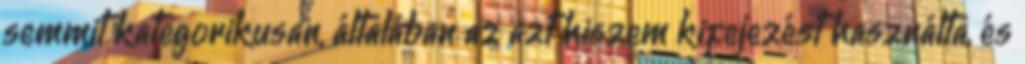
semmit kategorikusan, általában az azt hiszem kifejezést használta, és